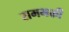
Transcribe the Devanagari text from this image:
रामभक्ती